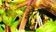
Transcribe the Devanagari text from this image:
बैरमा